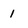
Character: 1